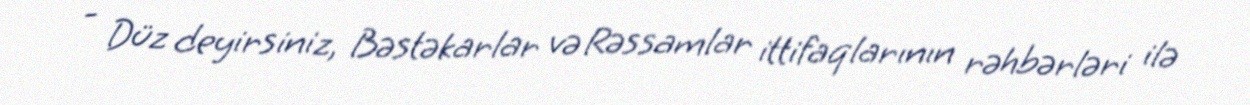
- Düz deyirsiniz, Bəstəkarlar və Rəssamlar ittifaqlarının rəhbərləri ilə